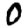
Digit: 0